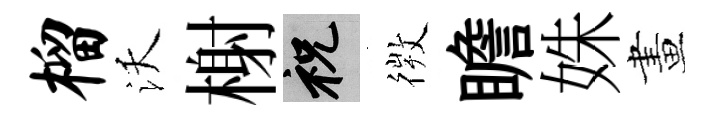
榴沃榭祝𢕄瞻姝畫